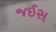
જઈસ